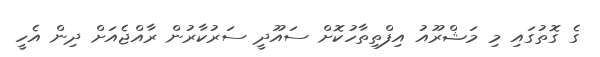
ގެ ގޮތުގައި މި މަޝްރޫއު އިފްތިތާހުކޮށް ސައޫދީ ސަރުކާރުން ރާއްޖެއަށް ދިން އެހީ